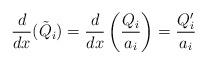
LaTeX: \begin{align*}\frac{d}{dx}(\tilde Q_i)=\frac{d}{dx}\left(\frac{Q_i}{a_i}\right)=\frac{Q_i'}{a_i}\end{align*}